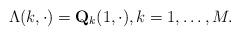
LaTeX: \begin{align*} {\Lambda}(k,\cdot)=\mathbf{Q}_k(1,\cdot), k=1,\ldots,M. \end{align*}